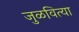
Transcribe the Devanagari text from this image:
जुळवित्या